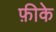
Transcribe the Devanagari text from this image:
फ़ीके